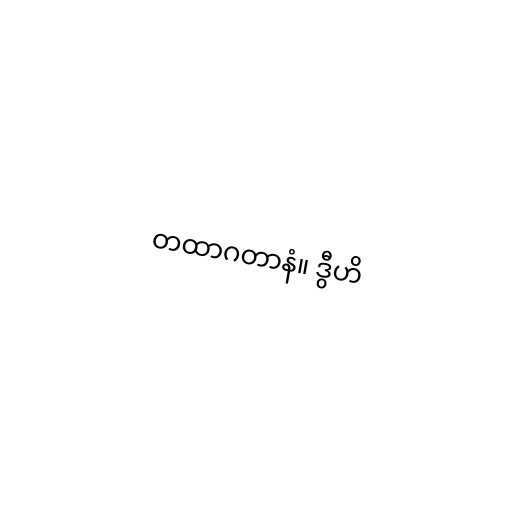
တထာဂတာနံ။ ဒွီဟိ